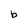
Character: b